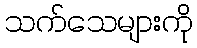
သက်သေများကို